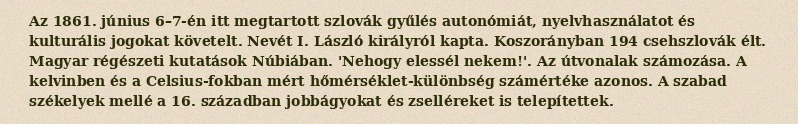
Az 1861. június 6–7-én itt megtartott szlovák gyűlés autonómiát, nyelvhasználatot és kulturális jogokat követelt. Nevét I. László királyról kapta. Koszorányban 194 csehszlovák élt. Magyar régészeti kutatások Núbiában. 'Nehogy elessél nekem!'. Az útvonalak számozása. A kelvinben és a Celsius-fokban mért hőmérséklet-különbség számértéke azonos. A szabad székelyek mellé a 16. században jobbágyokat és zselléreket is telepítettek.